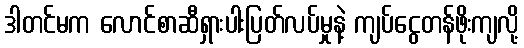
ဒါတင်မက လောင်စာဆီရှားပါးပြတ်လပ်မှုနဲ့ ကျပ်ငွေတန်ဖိုးကျလို့